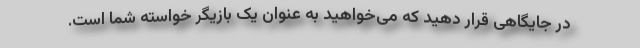
در جایگاهی قرار دهید که می‌خواهید به عنوان یک بازیگر خواسته شما است.